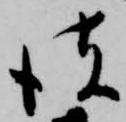
彼